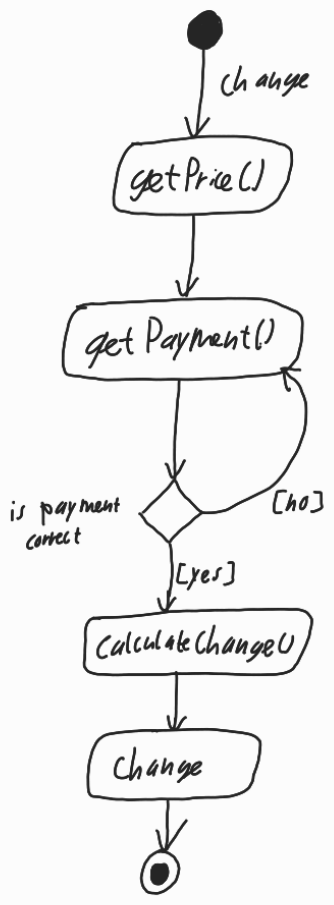
Diagram type: activity_diagram
```plantuml
@startuml

start

-> change;

:getPrice();

repeat:getPayment();

repeat while (is payment correct) is ([no]) not ([yes])

:calculateChange();

:change;

stop

@enduml
```